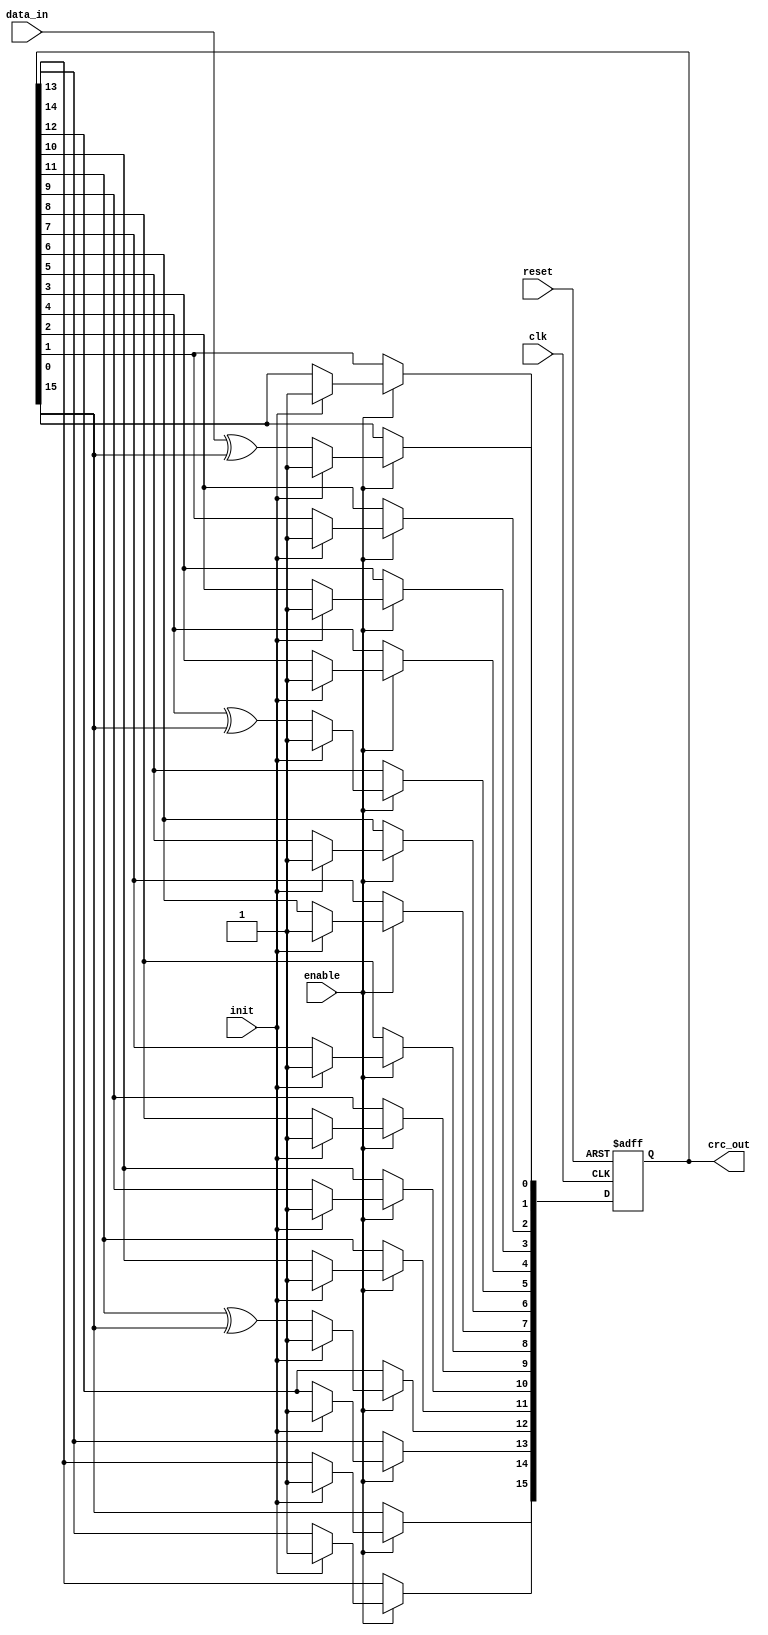
// Function    : CCITT Serial CRC
module serial_crc(
    clk,
    reset,
    enable,
    init,
    data_in,
    crc_out
);
    input clk;
    input reset;
    input enable;
    input init;
    input data_in;
    output [15:0]crc_out;

    reg [15:0] lfsr;
    assign crc_out = lfsr;

    always @(posedge clk, posedge reset) begin
        if(reset) lfsr <= 16'hFFFF;
        else if (enable) begin
            if(init) lfsr <= 16'hFFFF;
            else begin
                lfsr[0] <= data_in^lfsr[15];
                lfsr[1] <=lfsr[0];
                lfsr[2] <=lfsr[1];
                lfsr[3] <=lfsr[2];
                lfsr[4] <=lfsr[3];
                lfsr[5] <=lfsr[4]^lfsr[15];//data_in^lfsr[15];
                lfsr[6] <=lfsr[5];
                lfsr[7] <=lfsr[6];
                lfsr[8] <=lfsr[7];
                lfsr[9] <=lfsr[8];
                lfsr[10] <=lfsr[9];
                lfsr[11] <=lfsr[10];
                lfsr[12] <=lfsr[11]^lfsr[15];//data_in^lfsr[15];
                lfsr[13] <=lfsr[12];
                lfsr[14] <=lfsr[13];
                lfsr[15] <=lfsr[14];
            end
        end
    end
endmodule